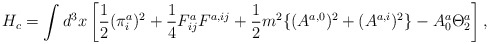
\begin{align*}H_c = \int d^3x \left[ \frac{1}{2} (\pi_i^{a})^2 + \frac{1}{4} F_{ij}^{a} F^{a, ij} + \frac{1}{2} m^2 \{ (A^{a,0})^2 + (A^{a,i})^2 \} - A_0^{a} \Theta_2^{a} \right],\end{align*}